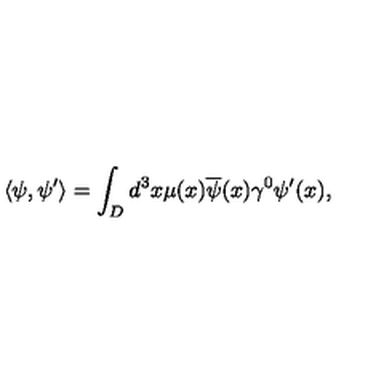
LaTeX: \left< \psi , \psi ^ { \prime } \right> = \int _ { D } d ^ { 3 } x \mu ( x ) \overline { { \psi } } ( x ) \gamma ^ { 0 } \psi ^ { \prime } ( x ) ,